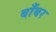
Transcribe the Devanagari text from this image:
बाँबर